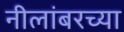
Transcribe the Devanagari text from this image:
नीलांबरच्या